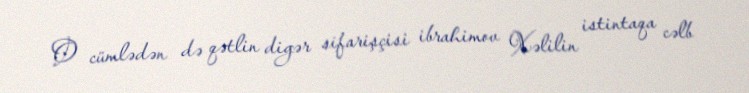
O cümlədən də qətlin digər sifarişçisi ibrahimov Xəlilin istintaqa cəlb